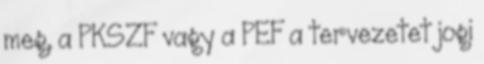
meg, a PKSZF vagy a PEF a tervezetet jogi